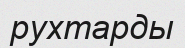
рухтарды